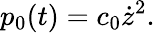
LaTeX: p_{\mathrm{0}}(t)=c_{\mathrm{0}}\dot{z}^{2}.